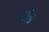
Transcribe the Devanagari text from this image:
अँड